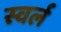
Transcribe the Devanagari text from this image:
स्वर्ल